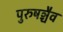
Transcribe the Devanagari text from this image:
पुरुषञ्चैव